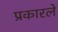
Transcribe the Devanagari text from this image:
प्रकारले